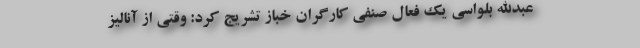
عبدالله بلواسی یک فعال صنفی کارگران خباز تشریج کرد: وقتی از آنالیز